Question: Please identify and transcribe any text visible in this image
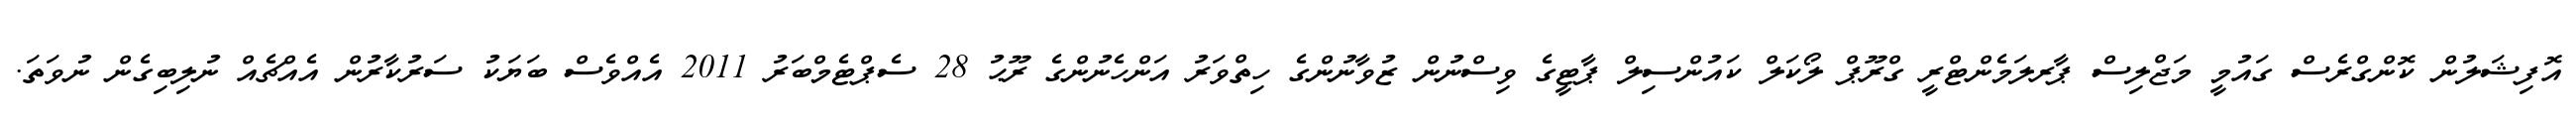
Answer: އޮފިޝަލުން ކޮންގްރެސް ގައުމީ މަޖްލިސް ޕާރލަމެންޓްރީ ގްރޫޕް ލޯކަލް ކައުންސިލް ޕާޓީގެ ވިސްނުން ޒުވާނުންގެ ހިތްވަރު އަންހެނުންގެ ރޫޙު 28 ސެޕްޓެމްބަރު 2011 އެއްވެސް ބަޔަކު ސަރުކާރުން އެއްޗެއް ނުލިބިގެން ނުވަތަ.